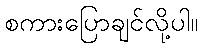
စကားပြောချင်လို့ပါ။